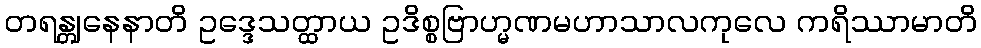
တရန္တျနေနာတိ ဥဒ္ဒေသတ္ထာယ ဥဒိစ္စဗြာဟ္မဏမဟာသာလကုလေ ကရိဿာမာတိ